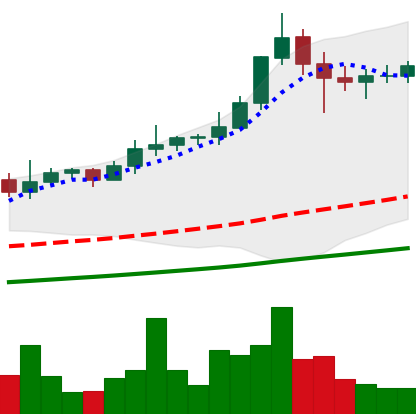
Ticker: XLM-USD
Chart end date: 2021-02-19
Forward return: -20.709%
Label: down_7plus